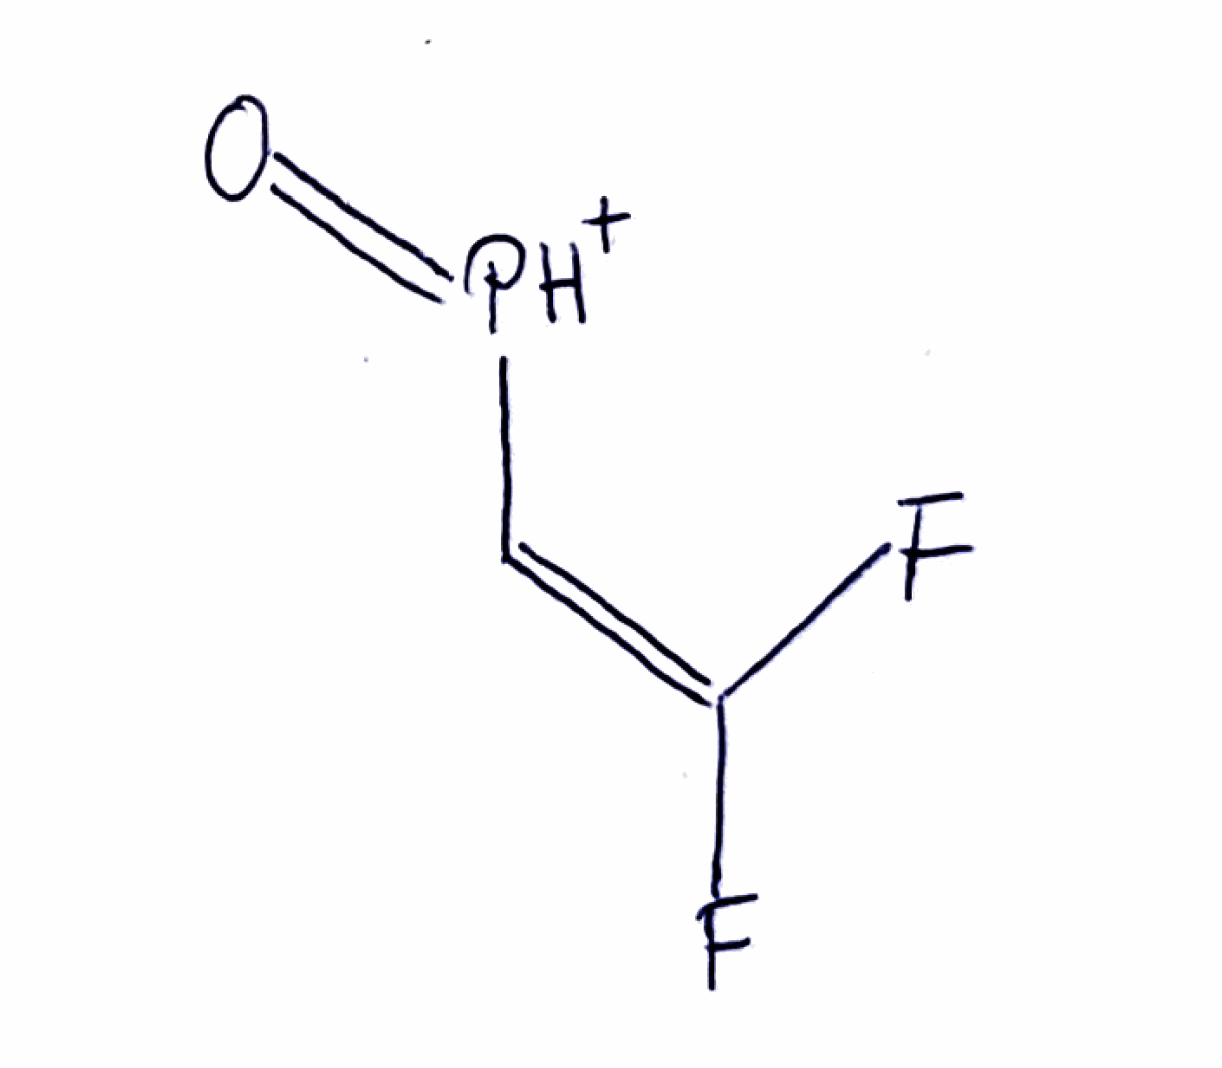
Simplified molecular-input line-entry system (SMILES) notation of the given molecule:
C(=C(F)F)[PH+]=O